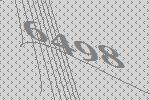
6498